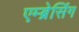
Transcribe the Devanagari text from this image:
एम्ब्रेसिंग